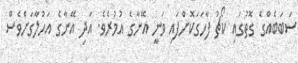
ސަބަބެއްގެ ގޮތުގައި ކޯޗު ފާހަގަކޮށްފައި ވަނީ އޭނާގެ އުމުރެވެ. އަދި އޭނާގެ އަހުލާގަށްވެސް